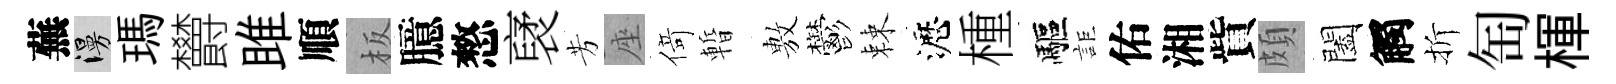
蕪漫瑪欝雎順板臆憗裦芳座𠋣暫𢾾鬱棘瀝㮔驅詎佑湘貲頗闔觸折匋楎